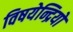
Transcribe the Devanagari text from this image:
विषयेन्द्रियों